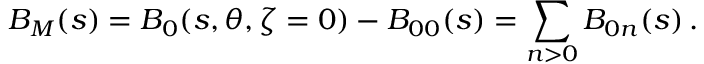
B _ { M } ( s ) = B _ { 0 } ( s , \theta , \zeta = 0 ) - B _ { 0 0 } ( s ) = \sum _ { n > 0 } B _ { 0 n } ( s ) \, .